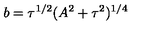
b = \tau ^ { 1 / 2 } ( A ^ { 2 } + \tau ^ { 2 } ) ^ { 1 / 4 }